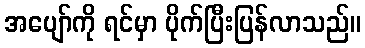
အပျော်ကို ရင်မှာ ပိုက်ပြီးပြန်လာသည်။